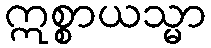
ဣစ္စာယသ္မာ